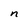
Character: n